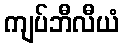
ကျပ်ဘီလီယံ